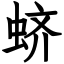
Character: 蛴